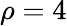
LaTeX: \rho=4